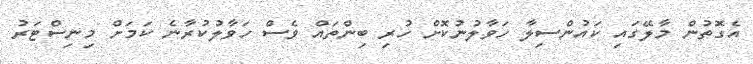
އެގޮތުން މާލޭގައި ކައުންސިލާ ހަވާލުނުކޮށް ހުރި ބިންތައް ވެސް ހަވާލުކުރާނެ ކަމަށް މިނިސްޓަރު